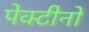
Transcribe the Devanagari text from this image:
पेक्टीनो